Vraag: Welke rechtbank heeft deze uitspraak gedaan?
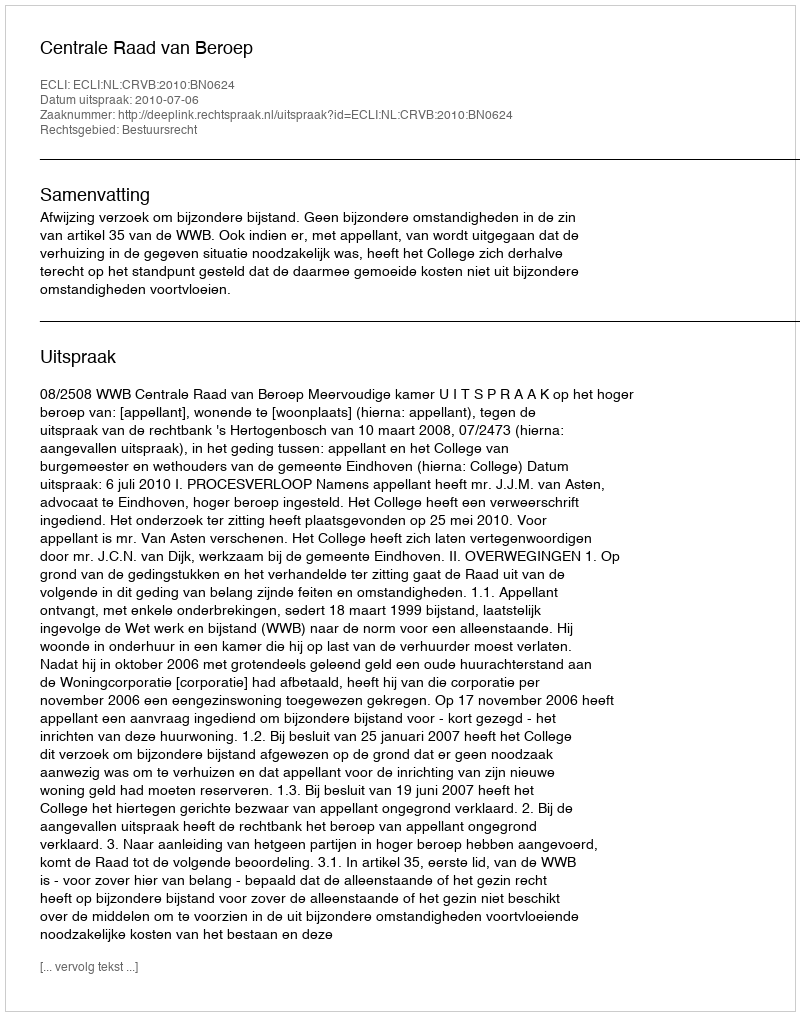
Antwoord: Centrale Raad van Beroep